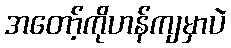
အတော့်ကိုဟန်ကျမှာပဲ